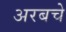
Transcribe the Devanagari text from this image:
अरबचे